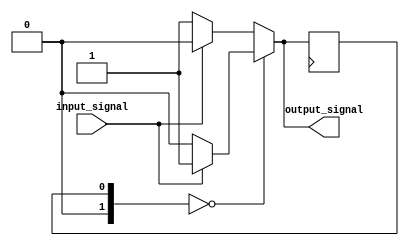
module fsm (
    input input_signal,
    output output_signal
);

// Define states
parameter S0 = 2'b00;
parameter S1 = 2'b01;

// Define current state
reg [1:0] current_state, next_state;

// Define output signal
reg output_signal;

// State machine logic
always @ (current_state, input_signal)
begin
    if (current_state == S0) begin
        if (input_signal) begin
            next_state = S1;
            output_signal = 1;
        end else begin
            next_state = S0;
            output_signal = 0;
        end
    end else begin
        if (input_signal) begin
            next_state = S0;
            output_signal = 0;
        end else begin
            next_state = S1;
            output_signal = 1;
        end
    end
end

// State transition
always @ (posedge clk)
begin
    current_state <= next_state;
end

initial
begin
    current_state <= S0; // Initial state
end

endmodule